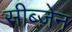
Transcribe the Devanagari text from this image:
सीब्ज़ेन